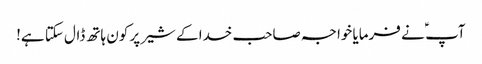
آپ ؑ نے فرمایا خواجہ صاحب خدا کے شیر پر کون ہاتھ ڈال سکتا ہے!